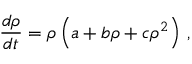
\frac { d \rho } { d t } = \rho \left( a + b \rho + c \rho ^ { 2 } \right) \, ,